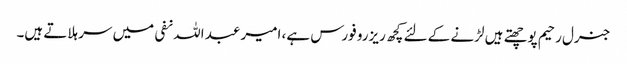
جنرل رحیم پوچھتے ہیں لڑنے کے لئے کچھ ریزرو فورس ہے، امیر عبد اللہ نفی میں سر ہلاتے ہیں۔